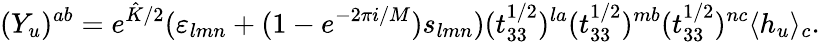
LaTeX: (Y_{u})^{ab}=e^{\hat{K}/2}(\varepsilon_{lmn}+(1-e^{-2\pi i/M})s_{lmn})(t_{33}^{1/2})^{la}(t_{33}^{1/2})^{mb}(t_{33}^{1/2})^{nc}\langle h_{u}\rangle_{c}.